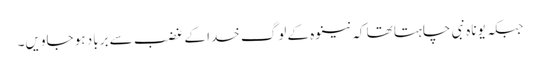
جبکہ یوناہ نبی چاہتا تھا کہ نینوہ کے لوگ خدا کے غضب سے برباد ہو جاویں۔